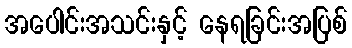
အပေါင်းအသင်းနှင့် နေရခြင်းအပြစ်